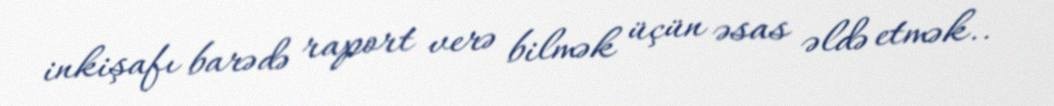
inkişafı barədə raport verə bilmək üçün əsas əldə etmək..